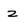
Character: z